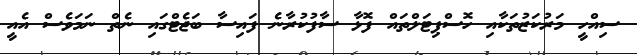
ސިއްހީ މަރުކަޒުތަކާއި ހޮސްޕިޓަލްތައް ފޮޅާ ސާފުކުރާނެ ފައިސާ ބަޖެޓްގައި ނެތް ނަމަވެސް އެއީ